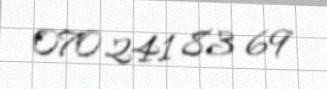
070 241 83 69